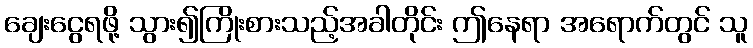
ချေးငွေရဖို့ သွား၍ကြိုးစားသည့်အခါတိုင်း ဤနေရာ အရောက်တွင် သူ